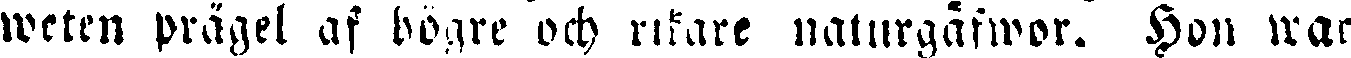
weten prägel af högre och rikare naturgäfwor. Hon war